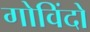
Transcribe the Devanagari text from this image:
गोविंदो